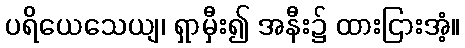
ပရိယေသေယျ၊ ရှာမှီး၍ အနီး၌ ထားငြားအံ့။